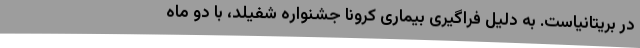
در بریتانیاست. به دلیل فراگیری بیماری کرونا جشنواره شفیلد، با دو ماه